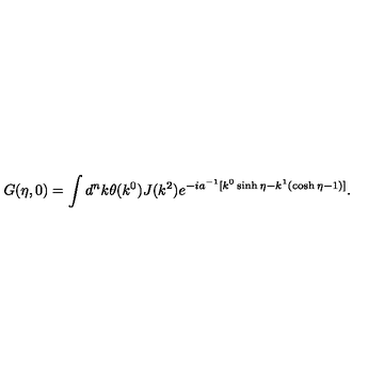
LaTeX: G ( \eta , 0 ) = \int d ^ { n } k \theta ( k ^ { 0 } ) J ( k ^ { 2 } ) e ^ { - i a ^ { - 1 } [ k ^ { 0 } \sinh \eta - k ^ { 1 } ( \cosh \eta - 1 ) ] } .